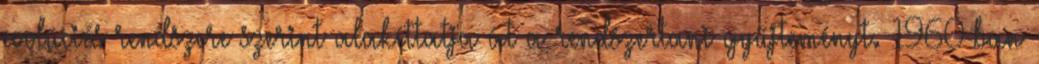
evolúciós rendszere szerint alakíttatja át a rendszertani gyűjteményt. 1960-ban